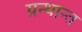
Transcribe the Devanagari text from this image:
ग्रन्थान्त